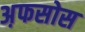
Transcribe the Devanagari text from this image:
अ़फसोस